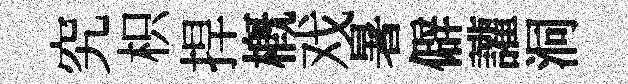
究枳捍概戏暑僻讙洞